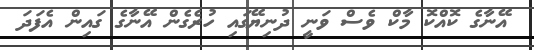
އޭނާގެ ކޮއްކޮ މާކް ވެސް ވަނީ ދުނިޔޭގައި ހުރެގެން އޭނާގެ ގައިން އެފަދަ